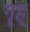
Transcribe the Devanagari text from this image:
गॄह्